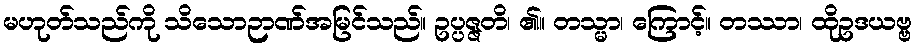
မဟုတ်သည်ကို သိသောဉာဏ်အမြင်သည်။ ဥပ္ပဇ္ဇတိ၊ ၏။ တသ္မာ၊ ကြောင့်။ တဿာ၊ ထိုဥဒယဗ္ဗ